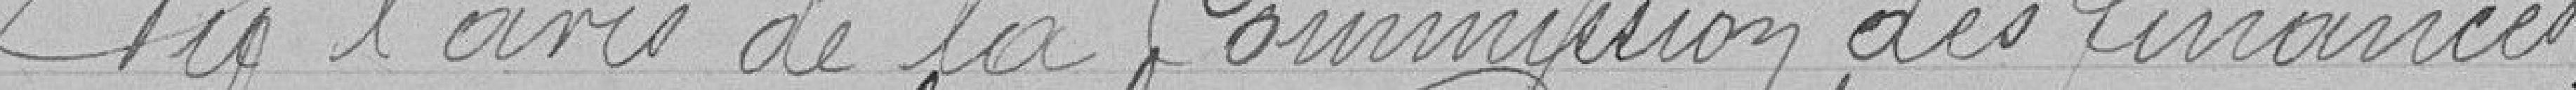
Vu l'avis de la commission des finances.